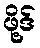
ဖို့ဒ်